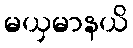
မယှမာနယိ